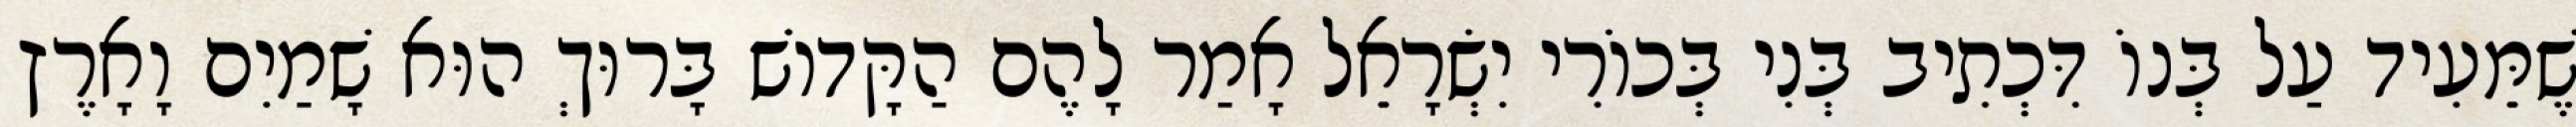
שֶׁמֵּעִיד עַל בְּנוֹ דִּכְתִיב בְּנִי בְּכוֹרִי יִשְׂרָאֵל אָמַר לָהֶם הַקָּדוֹשׁ בָּרוּךְ הוּא שָׁמַיִם וָאָרֶץ